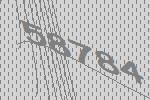
58784